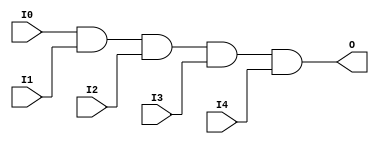
module AND5 (O, I0, I1, I2, I3, I4);

    output O;

    input  I0, I1, I2, I3, I4;

    and A1 (O, I0, I1, I2, I3, I4);


endmodule